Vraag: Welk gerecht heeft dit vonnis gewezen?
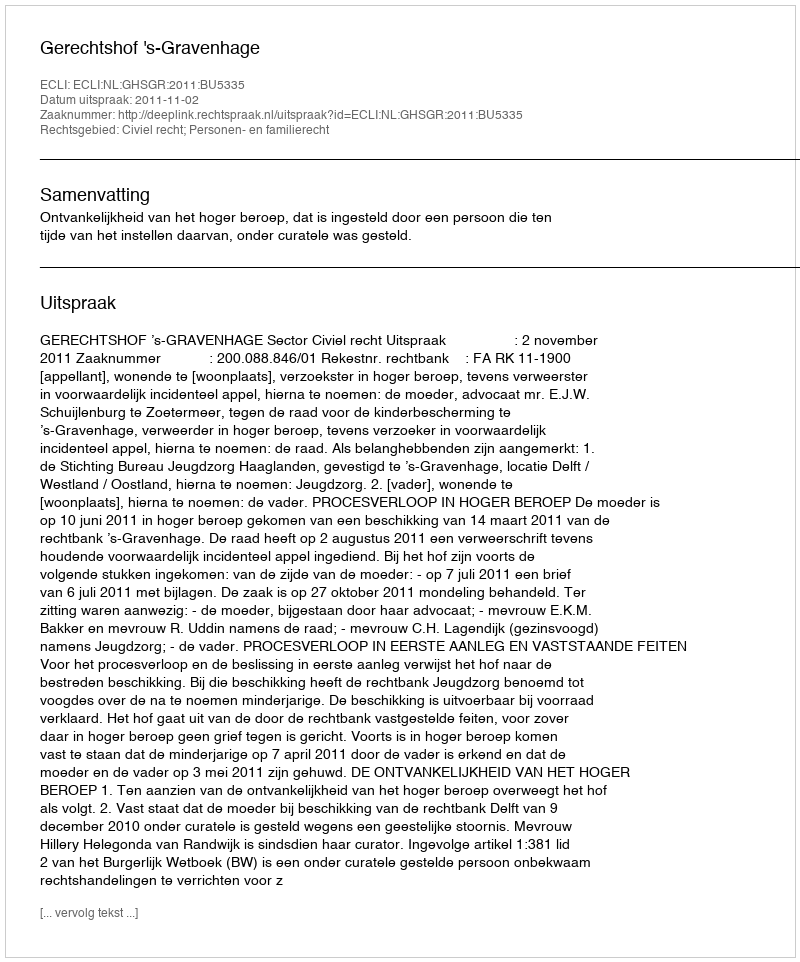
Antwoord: Gerechtshof 's-Gravenhage